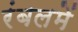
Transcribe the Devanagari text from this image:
रंबलमें